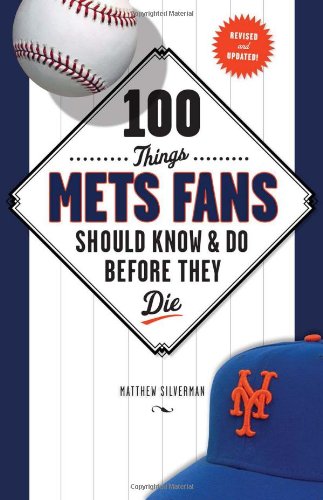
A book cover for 100 Things Mets Fans Should Know & Do Before They Die (100 Things...Fans Should Know); Matthew Silverman; Sports & Outdoors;